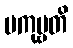
ပကုဗ္ဗတိ